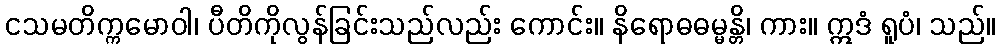
ငသမတိက္ကမောဝါ၊ ပီတိကိုလွန်ခြင်းသည်လည်း ကောင်း။ နိရောဓဓမ္မန္တိ၊ ကား။ ဣဒံ ရူပံ၊ သည်။